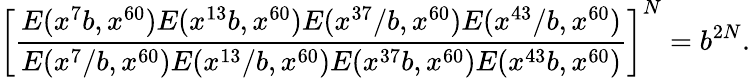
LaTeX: \left[\frac{E(x^{7}b,x^{60})E(x^{13}b,x^{60})E(x^{37}/b,x^{60})E(x^{43}/b,x^{60})}{E(x^{7}/b,x^{60})E(x^{13}/b,x^{60})E(x^{37}b,x^{60})E(x^{43}b,x^{60})}\right]^{N}=b^{2N}.